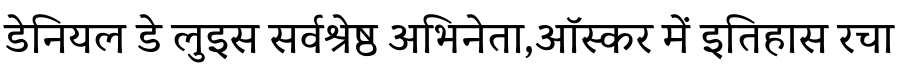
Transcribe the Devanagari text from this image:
डेनियल डे लुइस सर्वश्रेष्ठ अभिनेता,ऑस्कर में इतिहास रचा